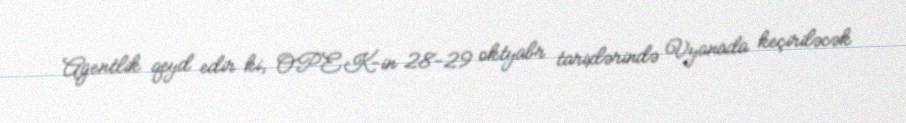
Agentlik qeyd edir ki, OPEK-in 28-29 oktyabr tarixlərində Vyanada keçiriləcək